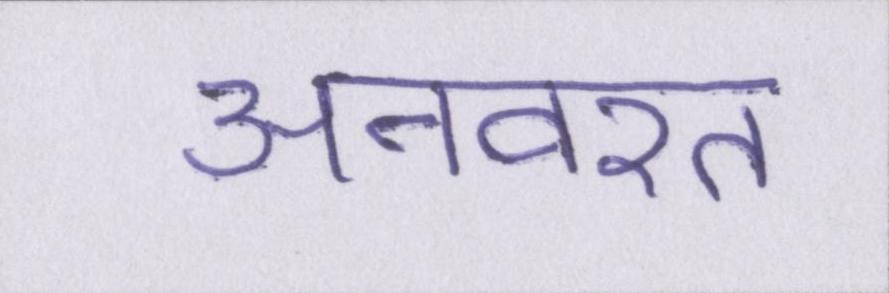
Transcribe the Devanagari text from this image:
अनवरत